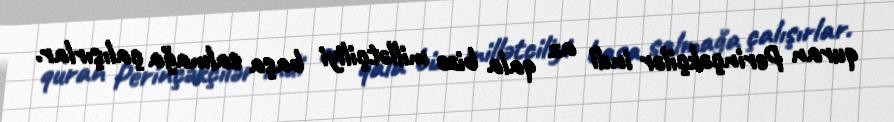
quran Perinçəkçilər indi az qala bizə millətçiliyi başa salmağa çalışırlar.